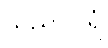
သုညာဂါရံ